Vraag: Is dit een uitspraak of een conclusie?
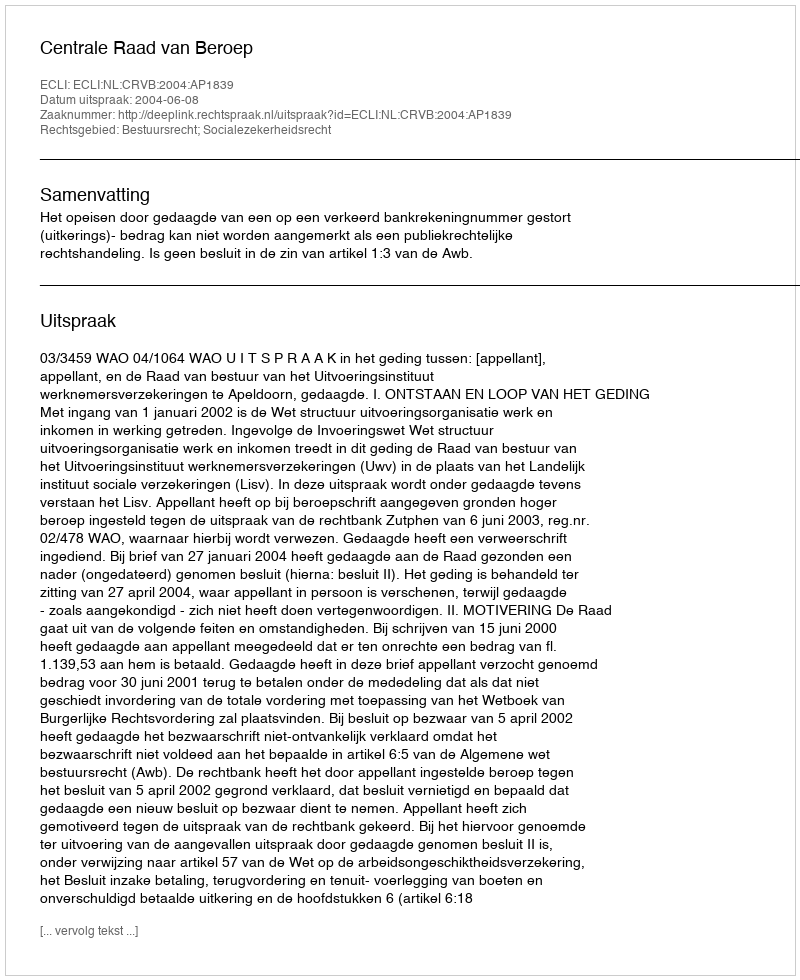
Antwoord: Uitspraak